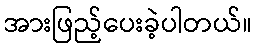
အားဖြည့်ပေးခဲ့ပါတယ်။